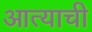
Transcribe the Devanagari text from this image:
आत्याची